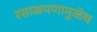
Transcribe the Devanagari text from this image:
रसाळपणामुळेच